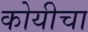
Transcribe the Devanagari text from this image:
कोयीचा